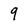
Character: 9